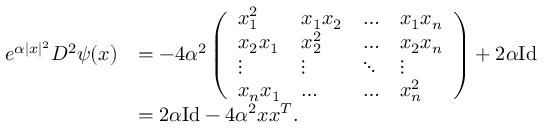
\begin{array} { r l } { e ^ { \alpha | x | ^ { 2 } } D ^ { 2 } \psi ( x ) } & { = - 4 \alpha ^ { 2 } \left( \begin{array} { l l l l } { x _ { 1 } ^ { 2 } } & { x _ { 1 } x _ { 2 } } & { \dots } & { x _ { 1 } x _ { n } } \\ { x _ { 2 } x _ { 1 } } & { x _ { 2 } ^ { 2 } } & { \dots } & { x _ { 2 } x _ { n } } \\ { \vdots } & { \vdots } & { \ddots } & { \vdots } \\ { x _ { n } x _ { 1 } } & { \dots } & { \dots } & { x _ { n } ^ { 2 } } \end{array} \right) + 2 \alpha \mathrm { I d } } \\ & { = 2 \alpha \mathrm { I d } - 4 \alpha ^ { 2 } x x ^ { T } . } \end{array}